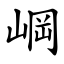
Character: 㟠